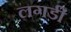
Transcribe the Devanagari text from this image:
लगडी